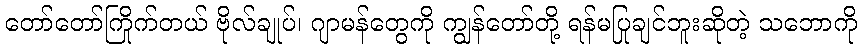
တော်တော်ကြိုက်တယ် ဗိုလ်ချုပ်၊ ဂျာမန်တွေကို ကျွန်တော်တို့ ရန်မပြုချင်ဘူးဆိုတဲ့ သဘောကို